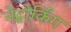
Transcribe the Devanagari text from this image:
नेट्वोर्किंग